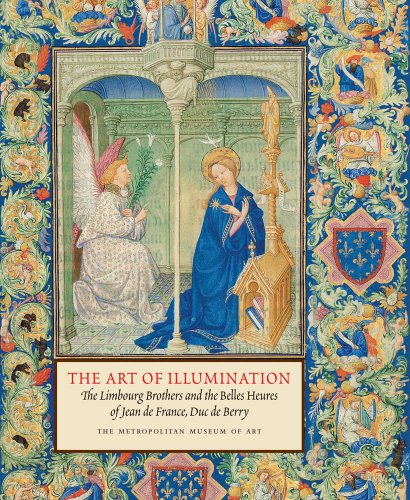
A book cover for The Art of Illumination: The Limbourg Brothers and the Belles Heures of Jean de France, Duc de Berry; Timothy B. Husband; Arts & Photography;